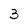
Character: 3